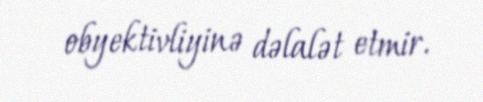
obyektivliyinə dəlalət etmir.